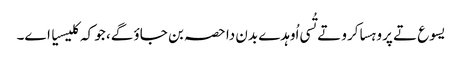
یسوع تے پروہسا کرو تے تُسی اُوہدے بدن دا حصہ بن جاؤ گے، جو کہ کلیسیا اے۔